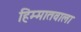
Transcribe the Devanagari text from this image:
हिम्मातवाला